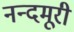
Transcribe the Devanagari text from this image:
नन्दमूरी